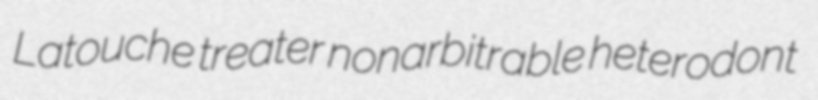
Latouche treater nonarbitrable heterodont